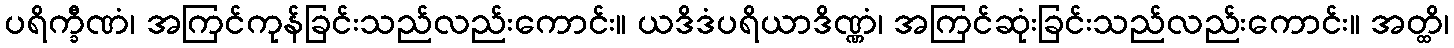
ပရိက္ခီဏံ၊ အကြင်ကုန်ခြင်းသည်လည်းကောင်း။ ယဒိဒံပရိယာဒိဏ္ဏံ၊ အကြင်ဆုံးခြင်းသည်လည်းကောင်း။ အတ္ထိ၊